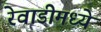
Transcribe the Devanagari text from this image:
रेवाडीमध्ये